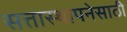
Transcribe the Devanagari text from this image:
सत्तास्थापनेसाठी